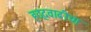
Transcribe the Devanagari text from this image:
हद्दवाढीचा